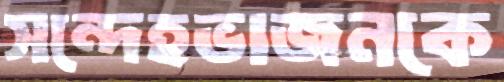
সন্দেহভাজনকে